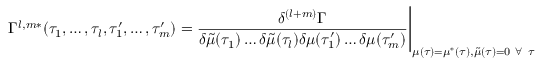
\Gamma ^ { l , m * } ( \tau _ { 1 } , \dots , \tau _ { l } , \tau _ { 1 } ^ { \prime } , \dots , \tau _ { m } ^ { \prime } ) = \frac { \delta ^ { ( l + m ) } \Gamma } { \delta \tilde { \mu } ( \tau _ { 1 } ) \dots \delta \tilde { \mu } ( \tau _ { l } ) \delta { \mu } ( \tau _ { 1 } ^ { \prime } ) \dots \delta { \mu } ( \tau _ { m } ^ { \prime } ) } \Bigg | _ { \mu ( \tau ) = \mu ^ { * } ( \tau ) , \tilde { \mu } ( \tau ) = 0 \mathrm { ~ } \forall \mathrm { ~ } \tau }